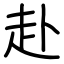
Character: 赴